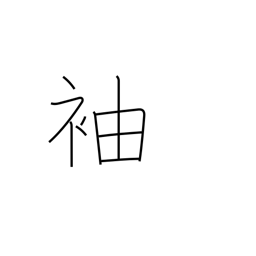
Meaning: wing (building)